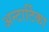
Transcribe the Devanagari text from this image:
अन्टार्टिका